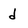
Character: d